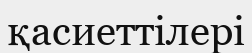
қасиеттілері